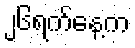
၂၆ရက်နေ့က